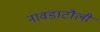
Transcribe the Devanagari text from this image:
नावड़ाटौली